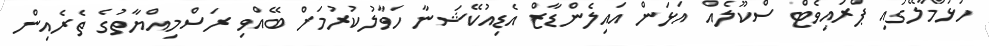
ހުޅުމާލޭގައި ޕްރައިވެޓް ސްކޫލެއް އަޅަން އައިލެންޑާޒް އެޑިއުކޭޝަނާ ހަވާލުކުރުމަށް ބޭއްވި ރަސްމިއްޔާތުގެ ތެރެއިން